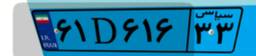
۶۱D۴۱۱۴۷